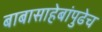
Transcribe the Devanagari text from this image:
बाबासाहेबांपुढेच